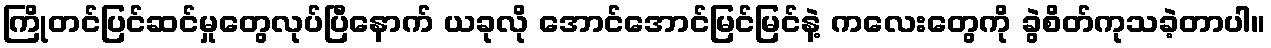
ကြိုတင်ပြင်ဆင်မှုတွေလုပ်ပြီနောက် ယခုလို အောင်အောင်မြင်မြင်နဲ့ ကလေးတွေကို ခွဲစိတ်ကုသခဲ့တာပါ။